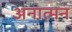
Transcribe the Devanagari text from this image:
अनात्मन